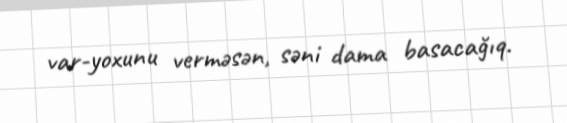
var-yoxunu verməsən, səni dama basacağıq.